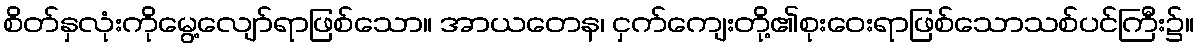
စိတ်နှလုံးကိုမွေ့လျော်ရာဖြစ်သော။ အာယတေန၊ ငှက်ကျေးတို့၏စုးဝေးရာဖြစ်သောသစ်ပင်ကြီး၌။